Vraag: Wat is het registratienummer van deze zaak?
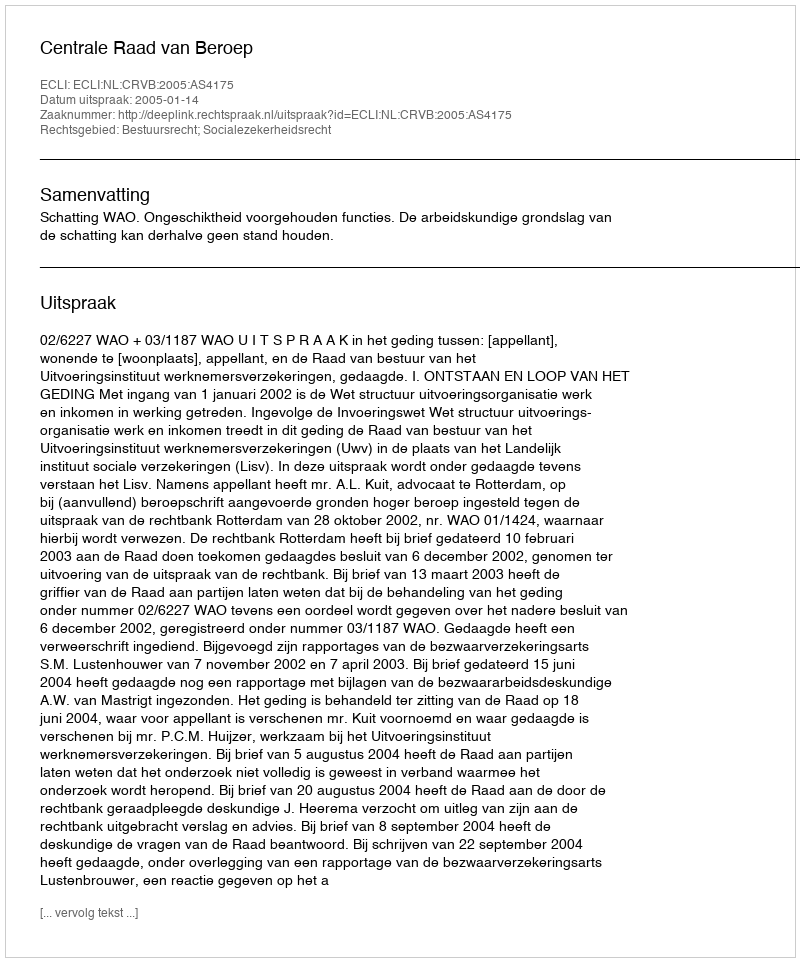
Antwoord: http://deeplink.rechtspraak.nl/uitspraak?id=ECLI:NL:CRVB:2005:AS4175